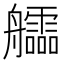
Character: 𦫃